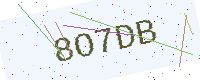
Text: 8O7DB